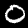
Label: 0